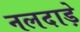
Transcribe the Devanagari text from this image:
नलदाड़े